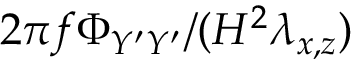
2 \pi f \Phi _ { Y ^ { \prime } Y ^ { \prime } } / ( H ^ { 2 } \lambda _ { x , z } )